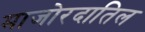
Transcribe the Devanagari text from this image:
माजोरदातिल